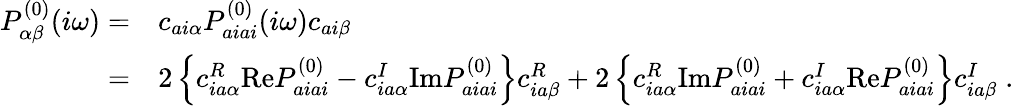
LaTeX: \begin{array}{rl}{P_{\alpha\beta}^{(0)}(i\omega)=}&{c_{ai\alpha}P_{aiai}^{(0)}(i\omega)c_{ai\beta}}\\ {=}&{2\left\{ c_{ia\alpha}^{R}\mathrm{Re}P_{aiai}^{(0)}-c_{ia\alpha}^{I}\mathrm{Im}P_{aiai}^{(0)}\right\} c_{ia\beta}^{R}+2\left\{ c_{ia\alpha}^{R}\mathrm{Im}P_{aiai}^{(0)}+c_{ia\alpha}^{I}\mathrm{Re}P_{aiai}^{(0)}\right\} c_{ia\beta}^{I}\; .}\end{array}